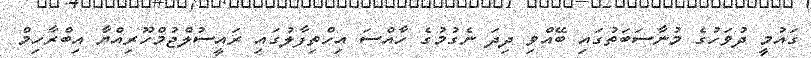
ގައުމީ ދުވަހުގެ މުނާސަބަތުގައި ބޭއްވި ދިދަ ނެގުމުގެ ހާއްސަ އިހްތިފާލުގައި ރައީސުލްޖުމްހޫރިއްޔާ އިބްރާހިމް